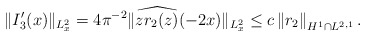
\begin{align*}\|I_3'(x)\|_{L^2_x} = 4 \pi^{-2} \| \widehat{z r_2(z)}(-2x)\|_{L^2_x}\leq c \left\|r_2\right\|_{H^{1} \cap L^{2,1}}. \end{align*}